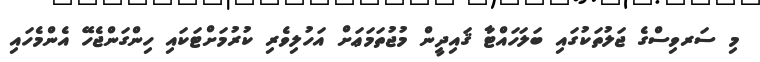
މި ސަރވިސްގެ ޖަލުތަކުގައި ބަލަހައްޓާ ޤައިދީން މުޖުތަމަޢަށް އަހުލިވެރި ކުރުމަށްޓަކައި ހިންގަންޖެހޭ އެންމެހައި